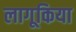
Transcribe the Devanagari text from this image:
लागूकिया